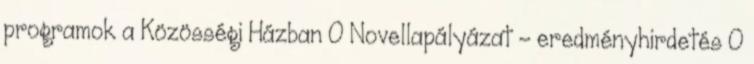
programok a Közösségi Házban 0 Novellapályázat – eredményhirdetés 0